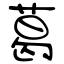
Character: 葛